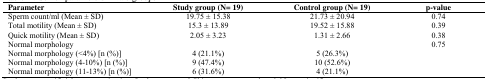
<table><thead><tr><td><b>Parameter</b></td><td><b>Study group (N= 19)</b></td><td><b>Control group (N= 19)</b></td><td><b>p-value</b></td></tr></thead><tbody><tr><td>Sperm count/ml (Mean ± SD)</td><td>19.75 ± 15.38</td><td>21.73 ± 20.94</td><td>0.74</td></tr><tr><td>Total motility (Mean ± SD)</td><td>15.3 ± 13.89</td><td>19.52 ± 15.88</td><td>0.39</td></tr><tr><td>Quick motility (Mean ± SD)</td><td>2.05 ± 3.23</td><td>1.31 ± 2.66</td><td>0.38</td></tr><tr><td>Normal morphology</td><td></td><td></td><td>0.75</td></tr><tr><td>Normal morphology (&lt;4%) [n (%)]</td><td>4 (21.1%)</td><td>5 (26.3%)</td><td></td></tr><tr><td>Normal morphology (4-10%) [n (%)]</td><td>9 (47.4%)</td><td>10 (52.6%)</td><td></td></tr><tr><td>Normal morphology (11-13%) [n (%)]</td><td>6 (31.6%)</td><td>4 (21.1%)</td><td></td></tr></tbody></table>